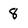
Character: 8